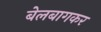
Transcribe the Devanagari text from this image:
बेलबागकर